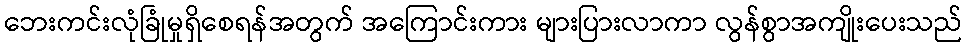
ဘေးကင်းလုံခြုံမှုရှိစေရန်အတွက် အကြောင်းကား များပြားလာကာ လွန်စွာအကျိုးပေးသည်